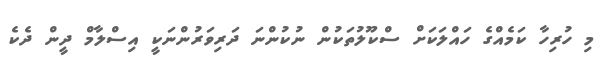
މި ހުރިހާ ކަމެއްގެ ހައްލަކަށް ސްކޫލުތަކުން ނުކުންނަ ދަރިވަރުންނަކީ އިސްލާމް ދީން ދެކެ